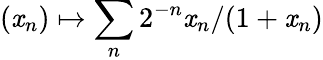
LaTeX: (\mathit{x}_{n})\mapsto\sum_{n}{2^{-n}\mathit{x}_{n}/(1+\mathit{x}_{n})}